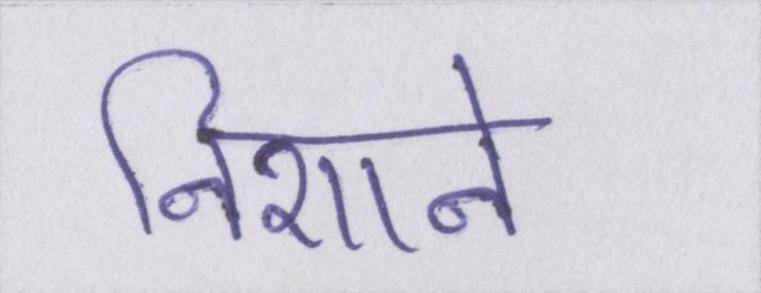
निशाने